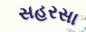
સહરસા